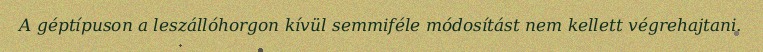
A géptípuson a leszállóhorgon kívül semmiféle módosítást nem kellett végrehajtani.